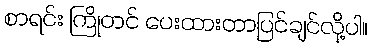
စာရင်း ကြိုတင် ပေးထားတာပြင်ချင်လို့ပါ။